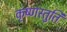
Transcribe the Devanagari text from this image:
कृष्णस्तुति